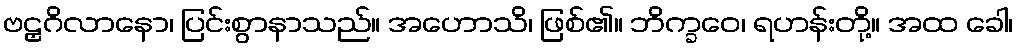
ဗဠှဂိလာနော၊ ပြင်းစွာနာသည်။ အဟောသိ၊ ဖြစ်၏။ ဘိက္ခဝေ၊ ရဟန်းတို့။ အထ ခေါ၊